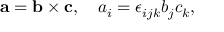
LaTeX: \mathbf { a } = \mathbf { b } \times \mathbf { c } , \quad a _ { i } = \epsilon _ { i j k } b _ { j } c _ { k } , \,